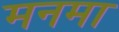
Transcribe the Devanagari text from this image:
मनमा